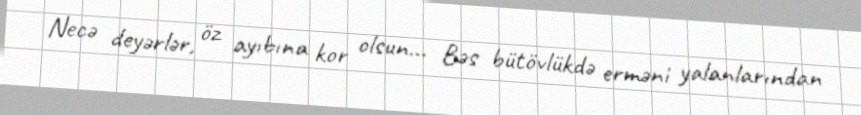
Necə deyərlər, öz ayıbına kor olsun... Bəs bütövlükdə erməni yalanlarından